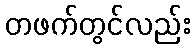
တဖက်တွင်လည်း